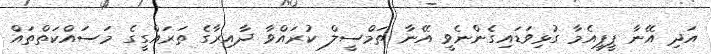
އަދި އޭނާ ޕީޕީއެމާ ގުޅިވަޑައިގެންނެވީ އޭނާ ތަމްސީލް ކުރައްވާ ދާއިރާގެ ތަރައްގީގެ މަސައްކަތްތައް